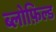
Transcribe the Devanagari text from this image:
ब्लोफ़िल्ड